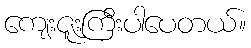
ကျေးဇူးကြီးပါပေတယ်။